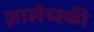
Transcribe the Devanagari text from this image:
ज़ालेव्स्की